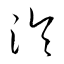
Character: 淪